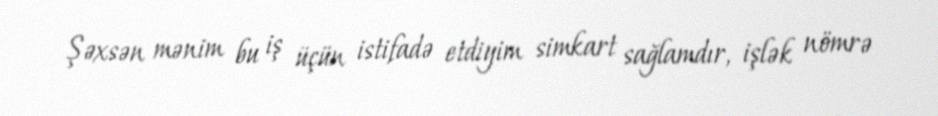
Şəxsən mənim bu iş üçün istifadə etdiyim simkart sağlamdır, işlək nömrə